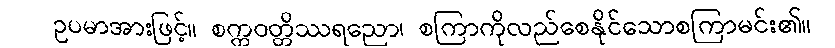
ဥပမာအားဖြင့်။ စက္ကဝတ္တိဿရညော၊ စကြာကိုလည်စေနိုင်သောစကြာမင်း၏။